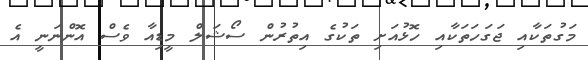
މަގުތަކާއި ޖަގަހަތަކާއި ހޮޅުއަށި ތަކުގެ އިތުރުން ސޯޝަލް މީޑިއާ ވެސް އޮންނަނީ އެ